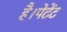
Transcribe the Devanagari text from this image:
है।पेटेंट